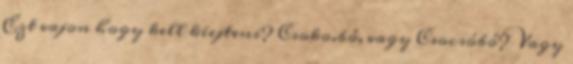
Ezt vajon hogy kell kiejteni? Csoko.bó, vagy Csocsóbó? Vagy